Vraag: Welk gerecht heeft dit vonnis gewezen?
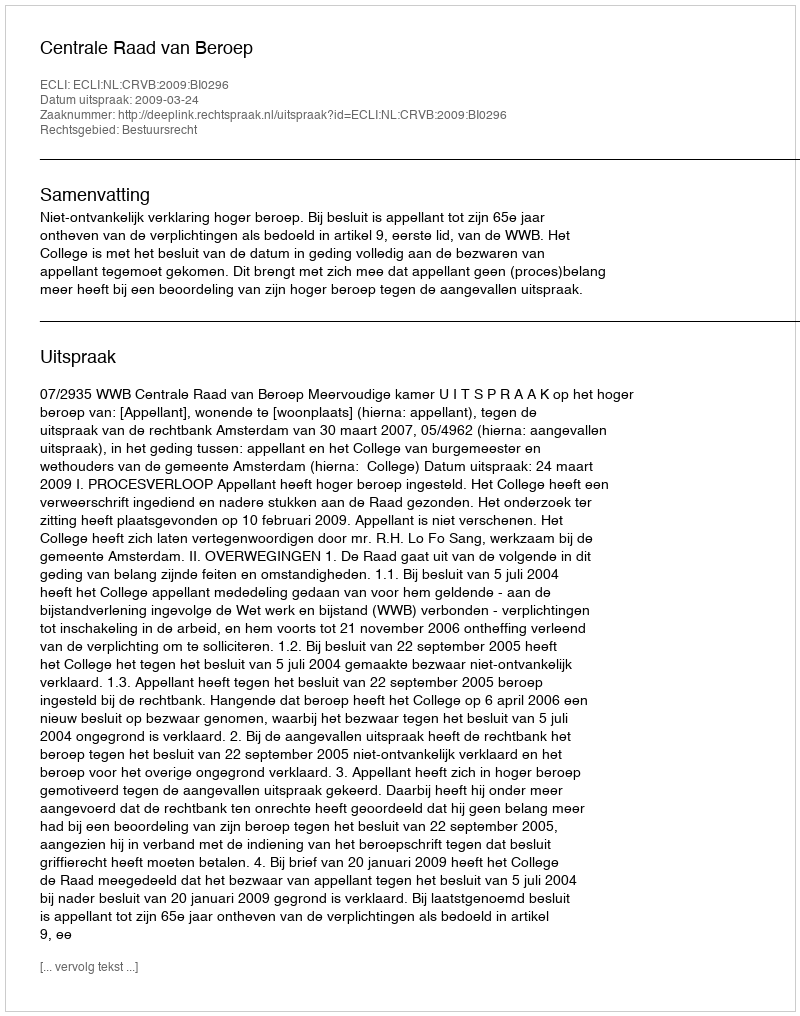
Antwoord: Centrale Raad van Beroep